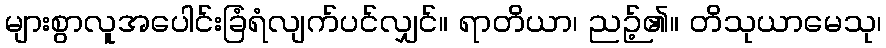
များစွာလူအပေါင်းခြံရံလျက်ပင်လျှင်။ ရာတိယာ၊ ညဉ့်၏။ တိသုယာမေသု၊